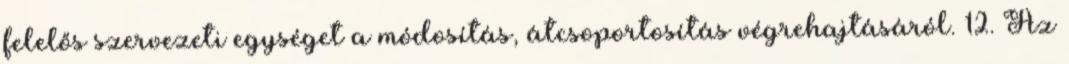
felelős szervezeti egységet a módosítás, átcsoportosítás végrehajtásáról. 12. Az